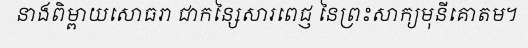
នាងពិម្ពាយសោធរា ជាកន្សៃសារពេជ្ញ នៃព្រះសាក្យមុនីគោតម។